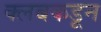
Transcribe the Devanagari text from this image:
क्‍लबकडून